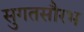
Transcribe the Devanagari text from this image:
सुगतसौरभ